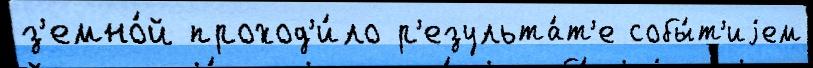
з'емно́й проход'и́ло р'езульта́т'е собы́т'иjем